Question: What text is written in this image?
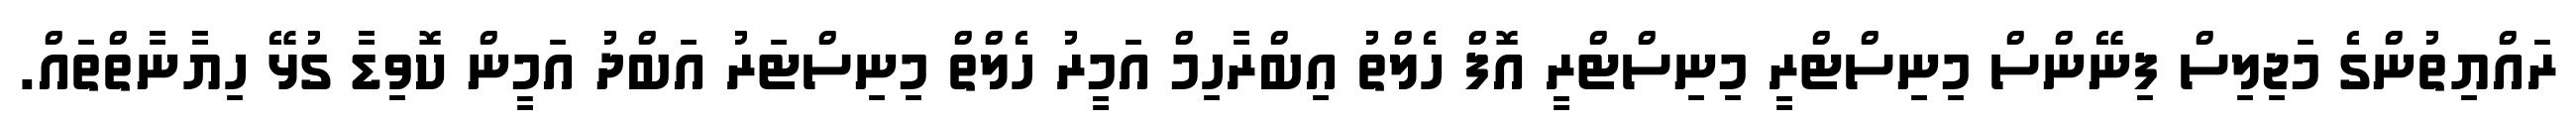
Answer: ރައްޔިތުންގެ މަޖިލިސް ފިނޭންސް މިނިސްޓްރީ މިނިސްޓްރީ އޮފް ހެލްތު އިބްރާހިމް އަމީރު ހެލްތް މިނިސްޓަރު އަބްދު އަމީން ކޮވިޑާ ގުޅޭ ހިޔާނާތްތައް.